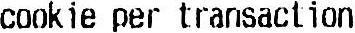
COOKIE PER TRANSACTION